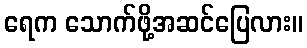
ရေက သောက်ဖို့အဆင်ပြေလား။